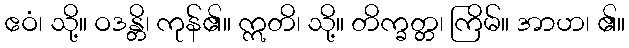
ဧဝံ၊ သို့။ ဝဒန္တိ၊ ကုန်၏။ ဣတိ၊ သို့။ တိက္ခတ္တ၊ ကြိမ်။ အာဟ၊ ၏။